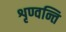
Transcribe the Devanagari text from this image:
शृण्वन्ति